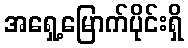
အရှေ့မြောက်ပိုင်းရှိ